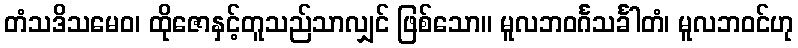
တံသဒိသမေဝ၊ ထိုဇောနှင့်တူသည်သာလျှင် ဖြစ်သော။ မူလဘဝင်္ဂသင်္ခါတံ၊ မူလဘဝင်ဟု